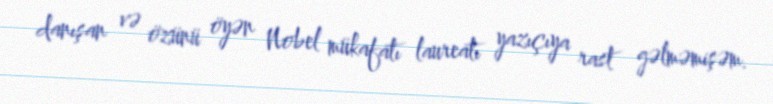
danışan və özünü öyən Nobel mükafatı laureatı yazıçıya rast gəlməmişəm.